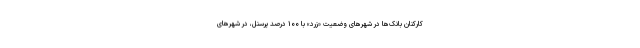
کارکنان بانک‌ها در شهرهای وضعیت «زرد» با ۱۰۰ درصد پرسنل، در شهرهای